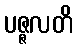
ပဇ္ဇလတိ